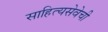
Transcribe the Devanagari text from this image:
साहित्यसेवेची